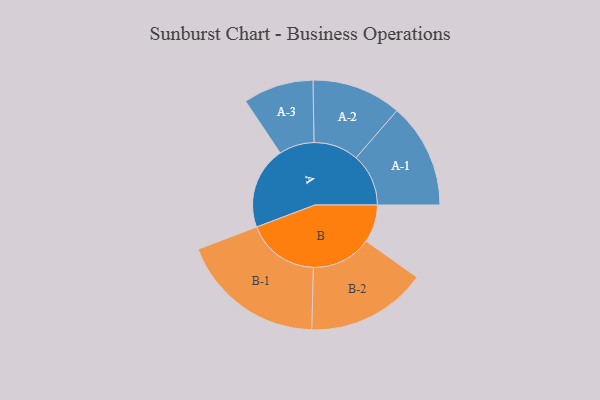
{"axis": {"x": "Segment", "y": "Value"}, "legend": ["", "A", "B"], "data": [{"x": "A", "y": 290, "type": ""}, {"x": "B", "y": 133, "type": ""}, {"x": "A-1", "y": 185, "type": "A"}, {"x": "A-2", "y": 158, "type": "A"}, {"x": "A-3", "y": 124, "type": "A"}, {"x": "B-1", "y": 256, "type": "B"}, {"x": "B-2", "y": 212, "type": "B"}]}